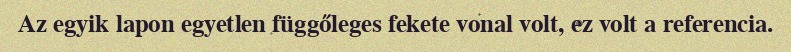
Az egyik lapon egyetlen függőleges fekete vonal volt, ez volt a referencia.